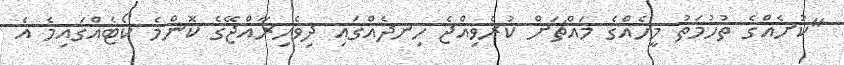
"ކުށެއްގެ ތުހުމަތު މީހެއްގެ މައްޗަށް ކުރެވިއްޖެ ހިނދެއްގައި ދިވެހިރާއްޖޭގެ ކޮންމެ ކޯޓެއްގައިމެ އެ